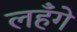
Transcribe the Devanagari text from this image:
लहँगे